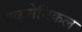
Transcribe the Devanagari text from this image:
एकूमेनिकल